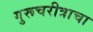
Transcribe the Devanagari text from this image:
गुरूचरीत्राचा